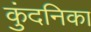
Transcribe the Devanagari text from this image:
कुंदनिका